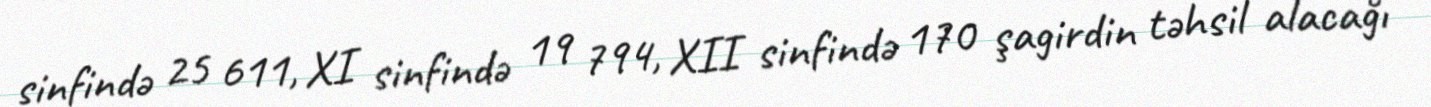
sinfində 25 611, XI sinfində 19 794, XII sinfində 170 şagirdin təhsil alacağı